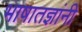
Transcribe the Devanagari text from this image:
भाषातज्ञांनी